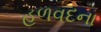
હળવદના